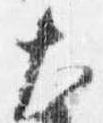
大